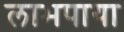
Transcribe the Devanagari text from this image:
लाभपाया